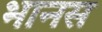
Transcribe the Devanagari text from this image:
भानस